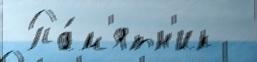
 Па́м'ятн'ик